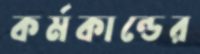
কর্মকান্ডের